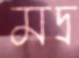
মদ্র